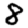
Digit: 8